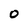
Character: 0